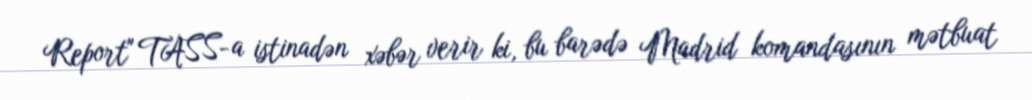
Report" TASS-a istinadən xəbər verir ki, bu barədə Madrid komandasının mətbuat